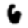
Digit: 6